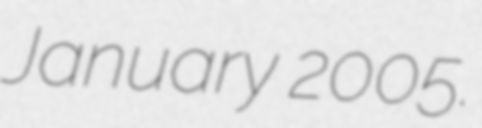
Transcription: January 2005.